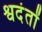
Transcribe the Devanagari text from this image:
श्वदंतों